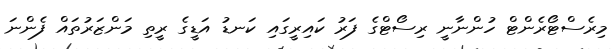
މިރެސްޓޯރެންޓް ހުންނާނީ ރިސޯޓްގެ ފަރު ކައިރީގައި ކަނޑު އަޑީގެ ރީތި މަންޒަރުތައް ފެންނަ